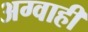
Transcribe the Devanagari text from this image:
अग्वाही